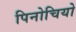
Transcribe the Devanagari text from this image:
पिनोचियो